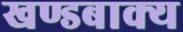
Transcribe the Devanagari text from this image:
खण्डबाक्य